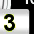
Digit: 3